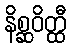
နိစ္ဆဝိတ္ထီ